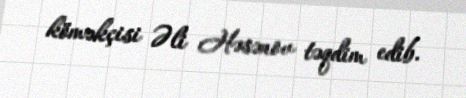
köməkçisi Əli Həsənov təqdim edib.